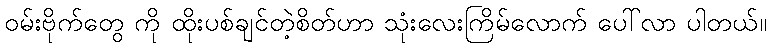
ဝမ်းဗိုက်တွေ ကို ထိုးပစ်ချင်တဲ့စိတ်ဟာ သုံးလေးကြိမ်လောက် ပေါ်လာ ပါတယ်။